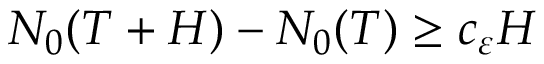
N _ { 0 } ( T + H ) - N _ { 0 } ( T ) \geq c _ { \varepsilon } H